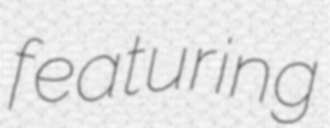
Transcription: featuring